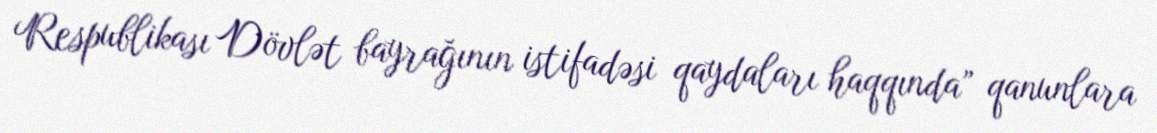
Respublikası Dövlət bayrağının istifadəsi qaydaları haqqında” qanunlara